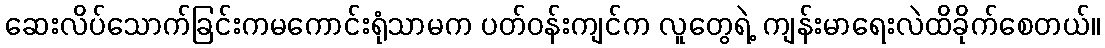
ဆေးလိပ်သောက်ခြင်းကမကောင်းရုံသာမက ပတ်ဝန်းကျင်က လူတွေရဲ့ ကျန်းမာရေးလဲထိခိုက်စေတယ်။